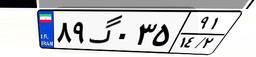
۸۹گ۰۳۵۹۱